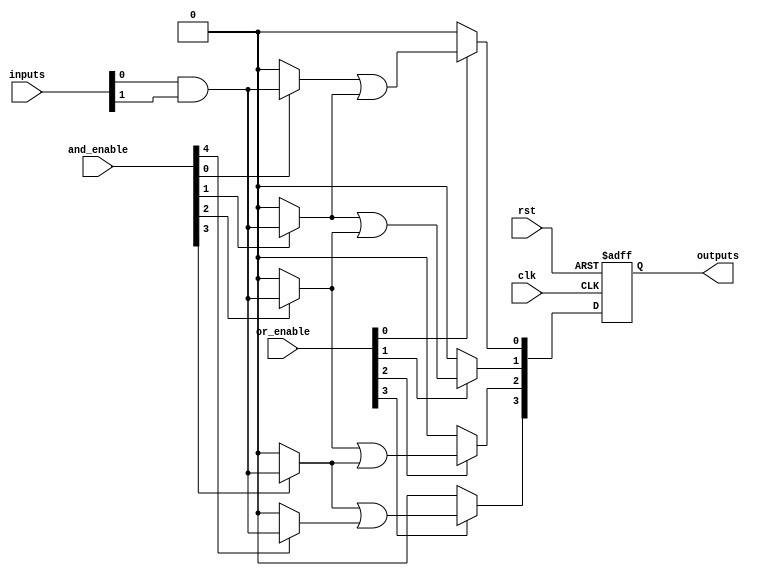
module RPAL #(
    parameter NUM_INPUTS = 8,      // Number of input signals
    parameter NUM_AND_TERMS = 16,   // Number of product terms
    parameter NUM_OUTPUTS = 4        // Number of outputs
)(
    input wire [NUM_INPUTS-1:0] inputs,         // Input lines
    input wire [NUM_AND_TERMS-1:0] and_enable,   // Control signals for AND array
    input wire [NUM_AND_TERMS-1:0] or_enable,    // Control signals for OR array
    input wire clk,                              // Clock input
    input wire rst,                              // Reset input
    output reg [NUM_OUTPUTS-1:0] outputs        // Output lines
);

// Internal signals
wire [NUM_AND_TERMS-1:0] and_terms;            // Product terms from AND array
wire [NUM_AND_TERMS-1:0] or_terms;             // Intermediate terms for OR array

// Programmable AND array
genvar i, j;
generate
    for (i = 0; i < NUM_AND_TERMS; i = i + 1) begin : and_array
        assign and_terms[i] = (and_enable[i]) ? (inputs[0] & inputs[1]) : 1'b0; // Example: ANDing inputs[0] and inputs[1]
        // Extend this logic to include more combinations based on your design requirements
    end
endgenerate

// Programmable OR array
generate
    for (j = 0; j < NUM_OUTPUTS; j = j + 1) begin : or_array
        assign or_terms[j] = (or_enable[j]) ? (and_terms[j] | and_terms[j + 1]) : 1'b0; // Example: ORing two product terms
        // Extend this logic to include more combinations based on your design requirements
    end
endgenerate

// Registered outputs
always @(posedge clk or posedge rst) begin
    if (rst) begin
        outputs <= 0; // Reset outputs
    end else begin
        outputs <= or_terms[0 +: NUM_OUTPUTS]; // Capture the output from OR terms
    end
end

endmodule